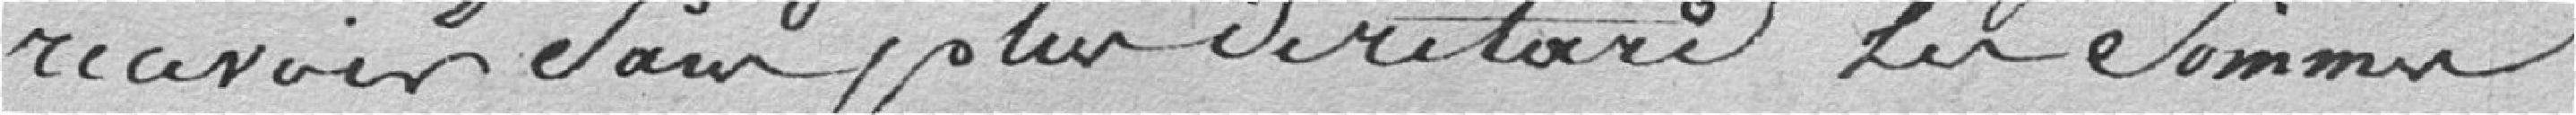
recevoir sans plus de retard leur sommes